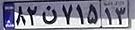
۸۲ن۷۱۵۱۳